Report of the Indian Hemp Drugs Commission, 1894-1895 - Volume VII
Year: 1894
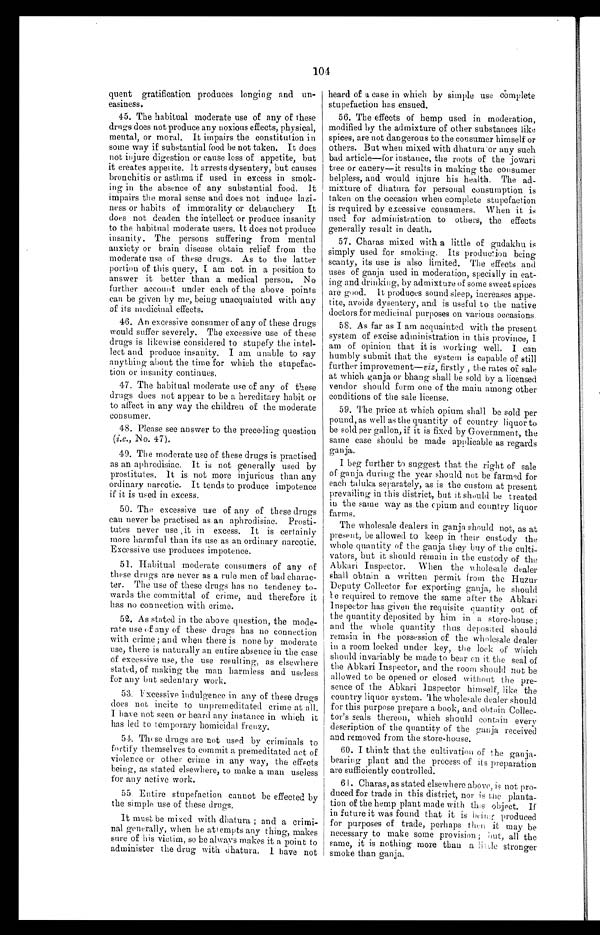
104
quent gratification produces longing and un
-easiness.
45. The habitual moderate use of any of these
drugs does not produce any noxious effects, physical,
mental, or moral. It impairs the constitution in
some way if substantial food be not taken. It does
not injure digestion or cause loss of appetite, but
it creates appetite. it arrests dysentery, but causes
bronchitis or asthma if used in excess in smok--
ing in the absence of any substantial food, It
impairs the moral sense and does not induce lazi--
ness or habits of immorality or debauchery It
does not deaden the intellect or produce insanity
to the habitual moderate users. It does not produce
insanity. The persons suffering from mental
anxiety or brain disease obtain relief from the
moderate use of these drugs. As to the latter
portion of this query, I am not in a position to
answer it better than a medical person. No
further account under each of the above points
can be given by me, being unacquainted with any
of its medicinal effects.
46. An excessive consumer of any of these drugs
would suffer severely. The excessive use of these
drugs is likewise considered to stupefy the intel--
lect and produce insanity. I am unable to say
anything about the time for which the stupefac-
- t i o n o r i n s a n i t y c o n t i n u e s ,
47. The habitual moderate use of any of these
drugs does not appear to be a hereditary habit or
to affect in any way the children of the moderate
consumer.
48. Please see answer to the preceding question
( i.e. , No. 47).
49. The moderate use of these drugs is practised
as an aphrodisiac. It is not generally used by
prostitutes. It is not more injurious than any
ordinary narcotic. It tends to produce impotence
if it is used in excess.
50. The excessive use of any of these drugs
can never be practised as an aphrodisiac. Prosti-
- t u t e s n e v e r u s e i t i n e x c e s s . I t i s c e r t a i n l y
more harmful than its use as an ordinary narcotic.
Excessive use produces impotence.
51. Habitual moderate consumers of any of
these drugs are never as a rule men of bad chara-c-
ter. The use of these drugs has no tendency to-
- w a r d s t h e c o m m i t t a l o f c r i m e , a n d t h e r e f o r e i t
has no connection with crime.
52. As stated in the above question, the mode
- r a t e u s e o f a n y o f t h e s e d r u g s h a s n o c o n n e c t i o n
with crime; and when there is none by moderate
use, there is naturally an entire absence in the case
of excessive use, the use resulting, as elsewhere
stated, of making the man harmless and useless
for any but sedentary work.
53. Excessive indulgence in any of these drugs
does not incite to unpremeditated crime at all.
I have not seen or heard any instance in which it
has led to temporary homicidal frenzy.
54. These drugs are not used by criminals to
fortify themselves to commit a premeditated act of
violence or other crime in any way, the effects
being, as stated elsewhere, to make a man useless
for any active work.
55. Entire stupefaction cannot be effected by
the simple use of these drugs.
It must be mixed with (dhatura; and a crimi
- n a l g e n e r a l l y , w h e n h e a t t e m p t s a n y t h i n g , m a k e s
sure of his victim, so he always makes it a point to
administer the drug with dhatura. I have not
heard of a case in which by simple use complete
stupefaction has ensued.
56. The effects of hemp used in moderation,
modified by the admixture of other substances like
spices, are not dangerous to the consumer himself or
others. But when mixed with dhatura or any such
bad article—for instance, the roots of the jowari
tree or canery—it results in making the consumer
helpless, and would injure his health. The ad
- m i x t u r e o f d h a t u r a f o r p e r s o n a l c o n s u m p t i o n i s
taken on the occasion when complete stupefaction
is required by excessive consumers. When it is
used for administration to others, the effects
generally result in death.
57. Charas mixed with a little of gudakhu is
simply used for smoking. Its production being
scanty, its use is also limited. The effects and
uses of ganja used in moderation, specially in eat
- i n g a n d d r i n k i n g , b y a d m i x t u r e o f s o m e s w e e t s p i c e s
are good. It produces sound sleep, increases appe-
- t i t e , a v o i d s d y s e n t e r y , a n d i s u s e f u l t o t h e n a t i v e
doctors for medicinal purposes on various occasions.
58. As far as I am acquainted with the present
system of excise administration in this province, I
am of opinion that it is working well. I can
humbly submit that the system is capable of still
further improvement— viz, firstly, the rates of sale
at which ganja or bhang shall be sold by a licensed
vendor should form one of the main among other
conditions of the sale license.
59. The price at which opium shall be sold per
pound, as well as the quantity of country liquor to
be sold per gallon, if it is fixed by Government, the
same case should be made applicable as regards
ganja.
I beg further to suggest that the right of sale
of ganja during the year should not be farm ed for
each taluka separately, as is the custom at present
prevailing in this district, but it should be treated
iu the same way as the epium and country liquor
farms.
The wholesale dealers in ganja should not, as at
present, be allowed to keep in their custody the
whole quantity of the ganja they buy of the culti
- v a t o r s , b u t i t s h o u l d r e m a i n i n t h e c u s t o d y o f t h e
Abkari Inspector. When the wholesale dealer
shall obtain a written permit from the Huzur
Deputy Collector for exporting ganja, he should
b e r e q u i r e d t o r e m o v e t h e s a m e a f t e r t h e A b k a r i
Inspector has given the requisite quantity out of
the quantity deposited by him in a store-house;
and the whole quantity thus deposited should
remain in the possession of the wholesale dealer
in a room locked under key, the lock of which
should invariably he made to bear on it time seal of
the Abkari Inspector, and the room should not be
allowed to be opened or closed without the pre-
- s e n c e o f t h e A b k a r i I n s p e c t o r h i m s e l f , l i k e t h e
country liquor system. The wholesale dealer should
for this purpose prepare a book, and obtain Collec
- t o r ' s s e a l s t h e r e o n , w h i c h s h o u l d c o n t a i n e v e r y
description of the quantity of the ganja received
and removed from the store-house.
60. I think that the cultivation of the ganja
- b e a r i n g p l a n t a n d t h e p r o c e s s o f i t s p r e p a r a t i o n
are sufficiently controlled.
61. Charas, as stated elsewhere above, is not pro
-duced for trade in this district, nor is the planta
- t i o n o f t h e h e m p p l a n t m a d e w i t h t h i s o b j e c t . I f
in future it was found that it is being produced
for purposes of trade, perhaps then it may be
necessary to make some provision; but, all the
same, it is nothing more than a little stronger
smoke than ganja.